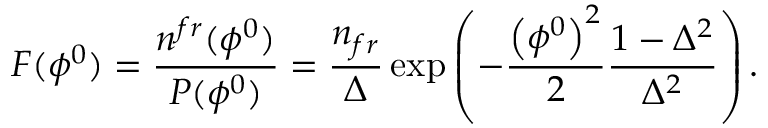
F ( \phi ^ { 0 } ) = \frac { n ^ { f r } ( \phi ^ { 0 } ) } { P ( \phi ^ { 0 } ) } = \frac { n _ { f r } } { \Delta } \exp \left( - \frac { \left( \phi ^ { 0 } \right) ^ { 2 } } { 2 } \frac { 1 - \Delta ^ { 2 } } { \Delta ^ { 2 } } \right) .